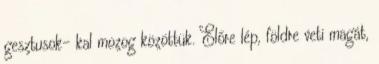
gesztusok- kal mozog közöttük. Előre lép, földre veti magát,